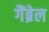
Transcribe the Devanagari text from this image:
गैंब्रेल